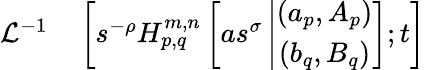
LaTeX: \begin{array}{rl}{\mathcal{L}^{-1}}&{{}\left[s^{-\rho}H_{p,q}^{m,n}\left[as^{\sigma}\left|\begin{array}{c}{(a_{p},A_{p})}\\ {(b_{q},B_{q})}\end{array}\right.\right];t\right]}\end{array}